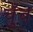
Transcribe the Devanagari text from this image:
चुँव